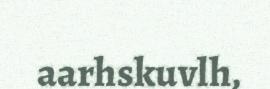
aarhskuvlh,